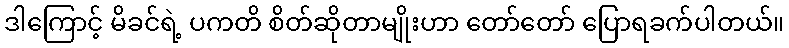
ဒါကြောင့် မိခင်ရဲ့ ပကတိ စိတ်ဆိုတာမျိုးဟာ တော်တော် ပြောရခက်ပါတယ်။